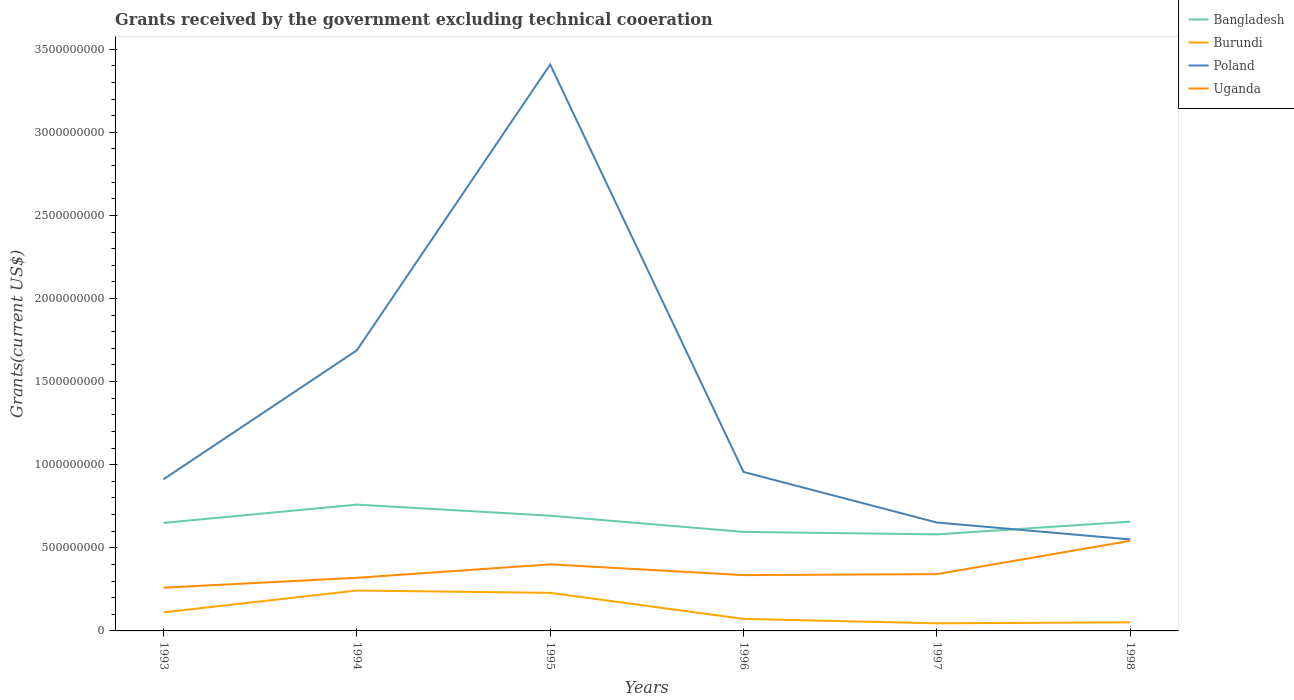
| Years | Bangladesh | Burundi | Poland | Uganda |
 | --- | --- | --- | --- | --- |
 | 1993 | 6.5e+08 | 1.12e+08 | 9.12e+08 | 2.6e+08 |
 | 1994 | 7.6e+08 | 2.43e+08 | 1.69e+09 | 3.2e+08 |
 | 1995 | 6.93e+08 | 2.29e+08 | 3.41e+09 | 4.01e+08 |
 | 1996 | 5.96e+08 | 7.24e+07 | 9.56e+08 | 3.36e+08 |
 | 1997 | 5.81e+08 | 4.58e+07 | 6.52e+08 | 3.42e+08 |
 | 1998 | 6.58e+08 | 5.17e+07 | 5.5e+08 | 5.42e+08 |